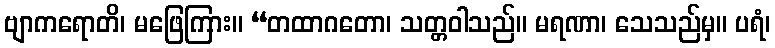
ဗျာကရောတိ၊ မဖြေကြား။ “တထာဂတော၊ သတ္တဝါသည်။ မရဏာ၊ သေသည်မှ။ ပရံ၊